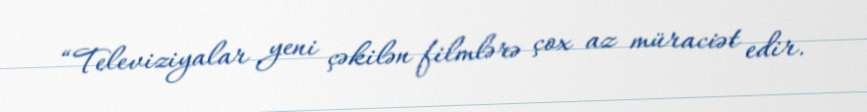
“Televiziyalar yeni çəkilən filmlərə çox az müraciət edir.